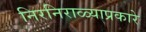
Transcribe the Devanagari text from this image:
निरनिराळ्याप्रकारे